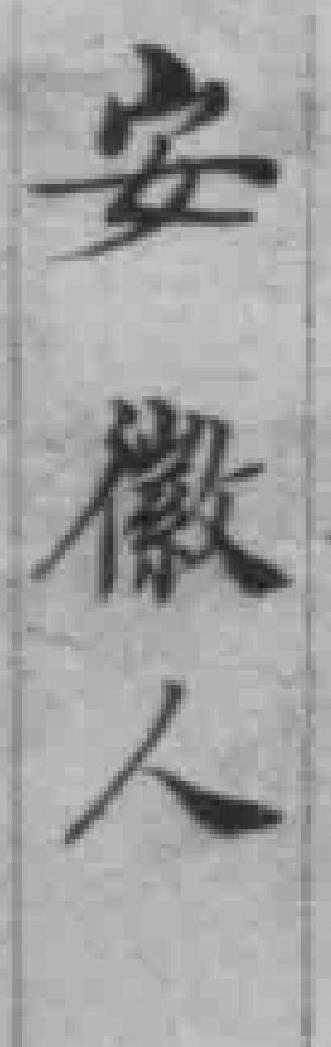
安徽人